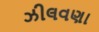
ઝીલવણા